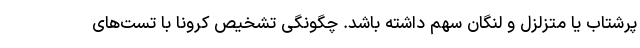
پرشتاب یا متزلزل و لنگان سهم داشته باشد. چگونگی تشخیص کرونا با تست‌های